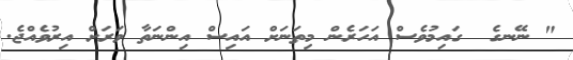
" ނޭނގެ  ގައިމުވެސް އަހަރެން މިތަނަށް އައިސް އިންނަތާ ވަރަށް އިރުވެއްޖެ.